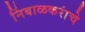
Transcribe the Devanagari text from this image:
निंबाळकरांचे